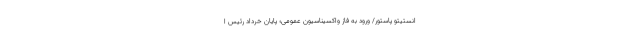
انستیتو پاستور/ ورود به فاز واکسیناسیون عمومی؛ پایان خرداد رئیس ا